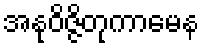
အနုဝိဇ္ဇိတုကာမေန